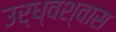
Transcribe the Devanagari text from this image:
उर्ध्वश्वास